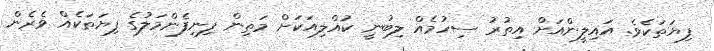
ފިޔަތަކެވެ. އައިލީންއަށް އިތުރު ސިހުމެއް ލިބުނީ ކުއްލިއަކަށް މަތިން ފިނިފެންމަލުގެ ފިޔަތަކެއް ވެރެން